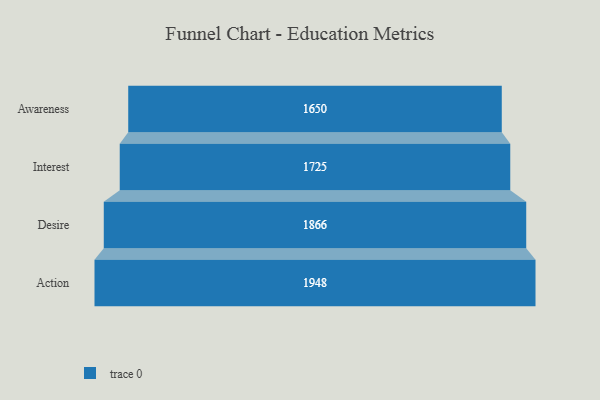
{"axis": {"x": "Stage", "y": "Value"}, "legend": [""], "data": [{"x": "Awareness", "y": 1650.0, "type": ""}, {"x": "Interest", "y": 1725.0, "type": ""}, {"x": "Desire", "y": 1866.0, "type": ""}, {"x": "Action", "y": 1948.0, "type": ""}]}